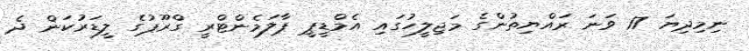
ނިމިދިޔަ 17 ވަނަ ރައްޔިތުންގެ މަޖިލީހުގައި އެމްޑީޕީ ޕާލަމެންޓްރީ ގްރޫޕުގެ ލީޑަރުކަން ދެ